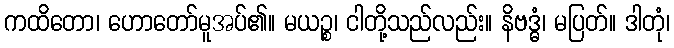
ကထိတော၊ ဟောတော်မူအပ်၏။ မယဉ္စ၊ ငါတို့သည်လည်း။ နိဗဒ္ဓံ၊ မပြတ်။ ဒါတုံ၊